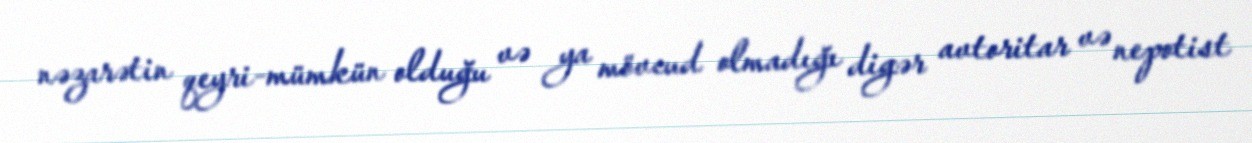
nəzarətin qeyri-mümkün olduğu və ya mövcud olmadığı digər avtoritar və nepotist